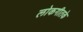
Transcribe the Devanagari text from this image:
लोकगीतके